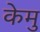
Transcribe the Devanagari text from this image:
केमु